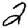
Digit: 2